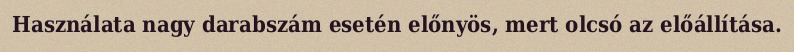
Használata nagy darabszám esetén előnyös, mert olcsó az előállítása.